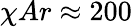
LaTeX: \chi Ar\approx 200